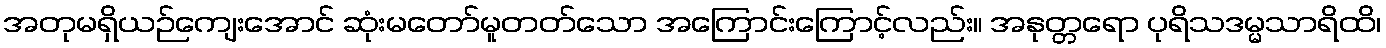
အတုမရှိယဉ်ကျေးအောင် ဆုံးမတော်မူတတ်သော အကြောင်းကြောင့်လည်း။ အနုတ္တရော ပုရိသဒမ္မသာရိထိ၊